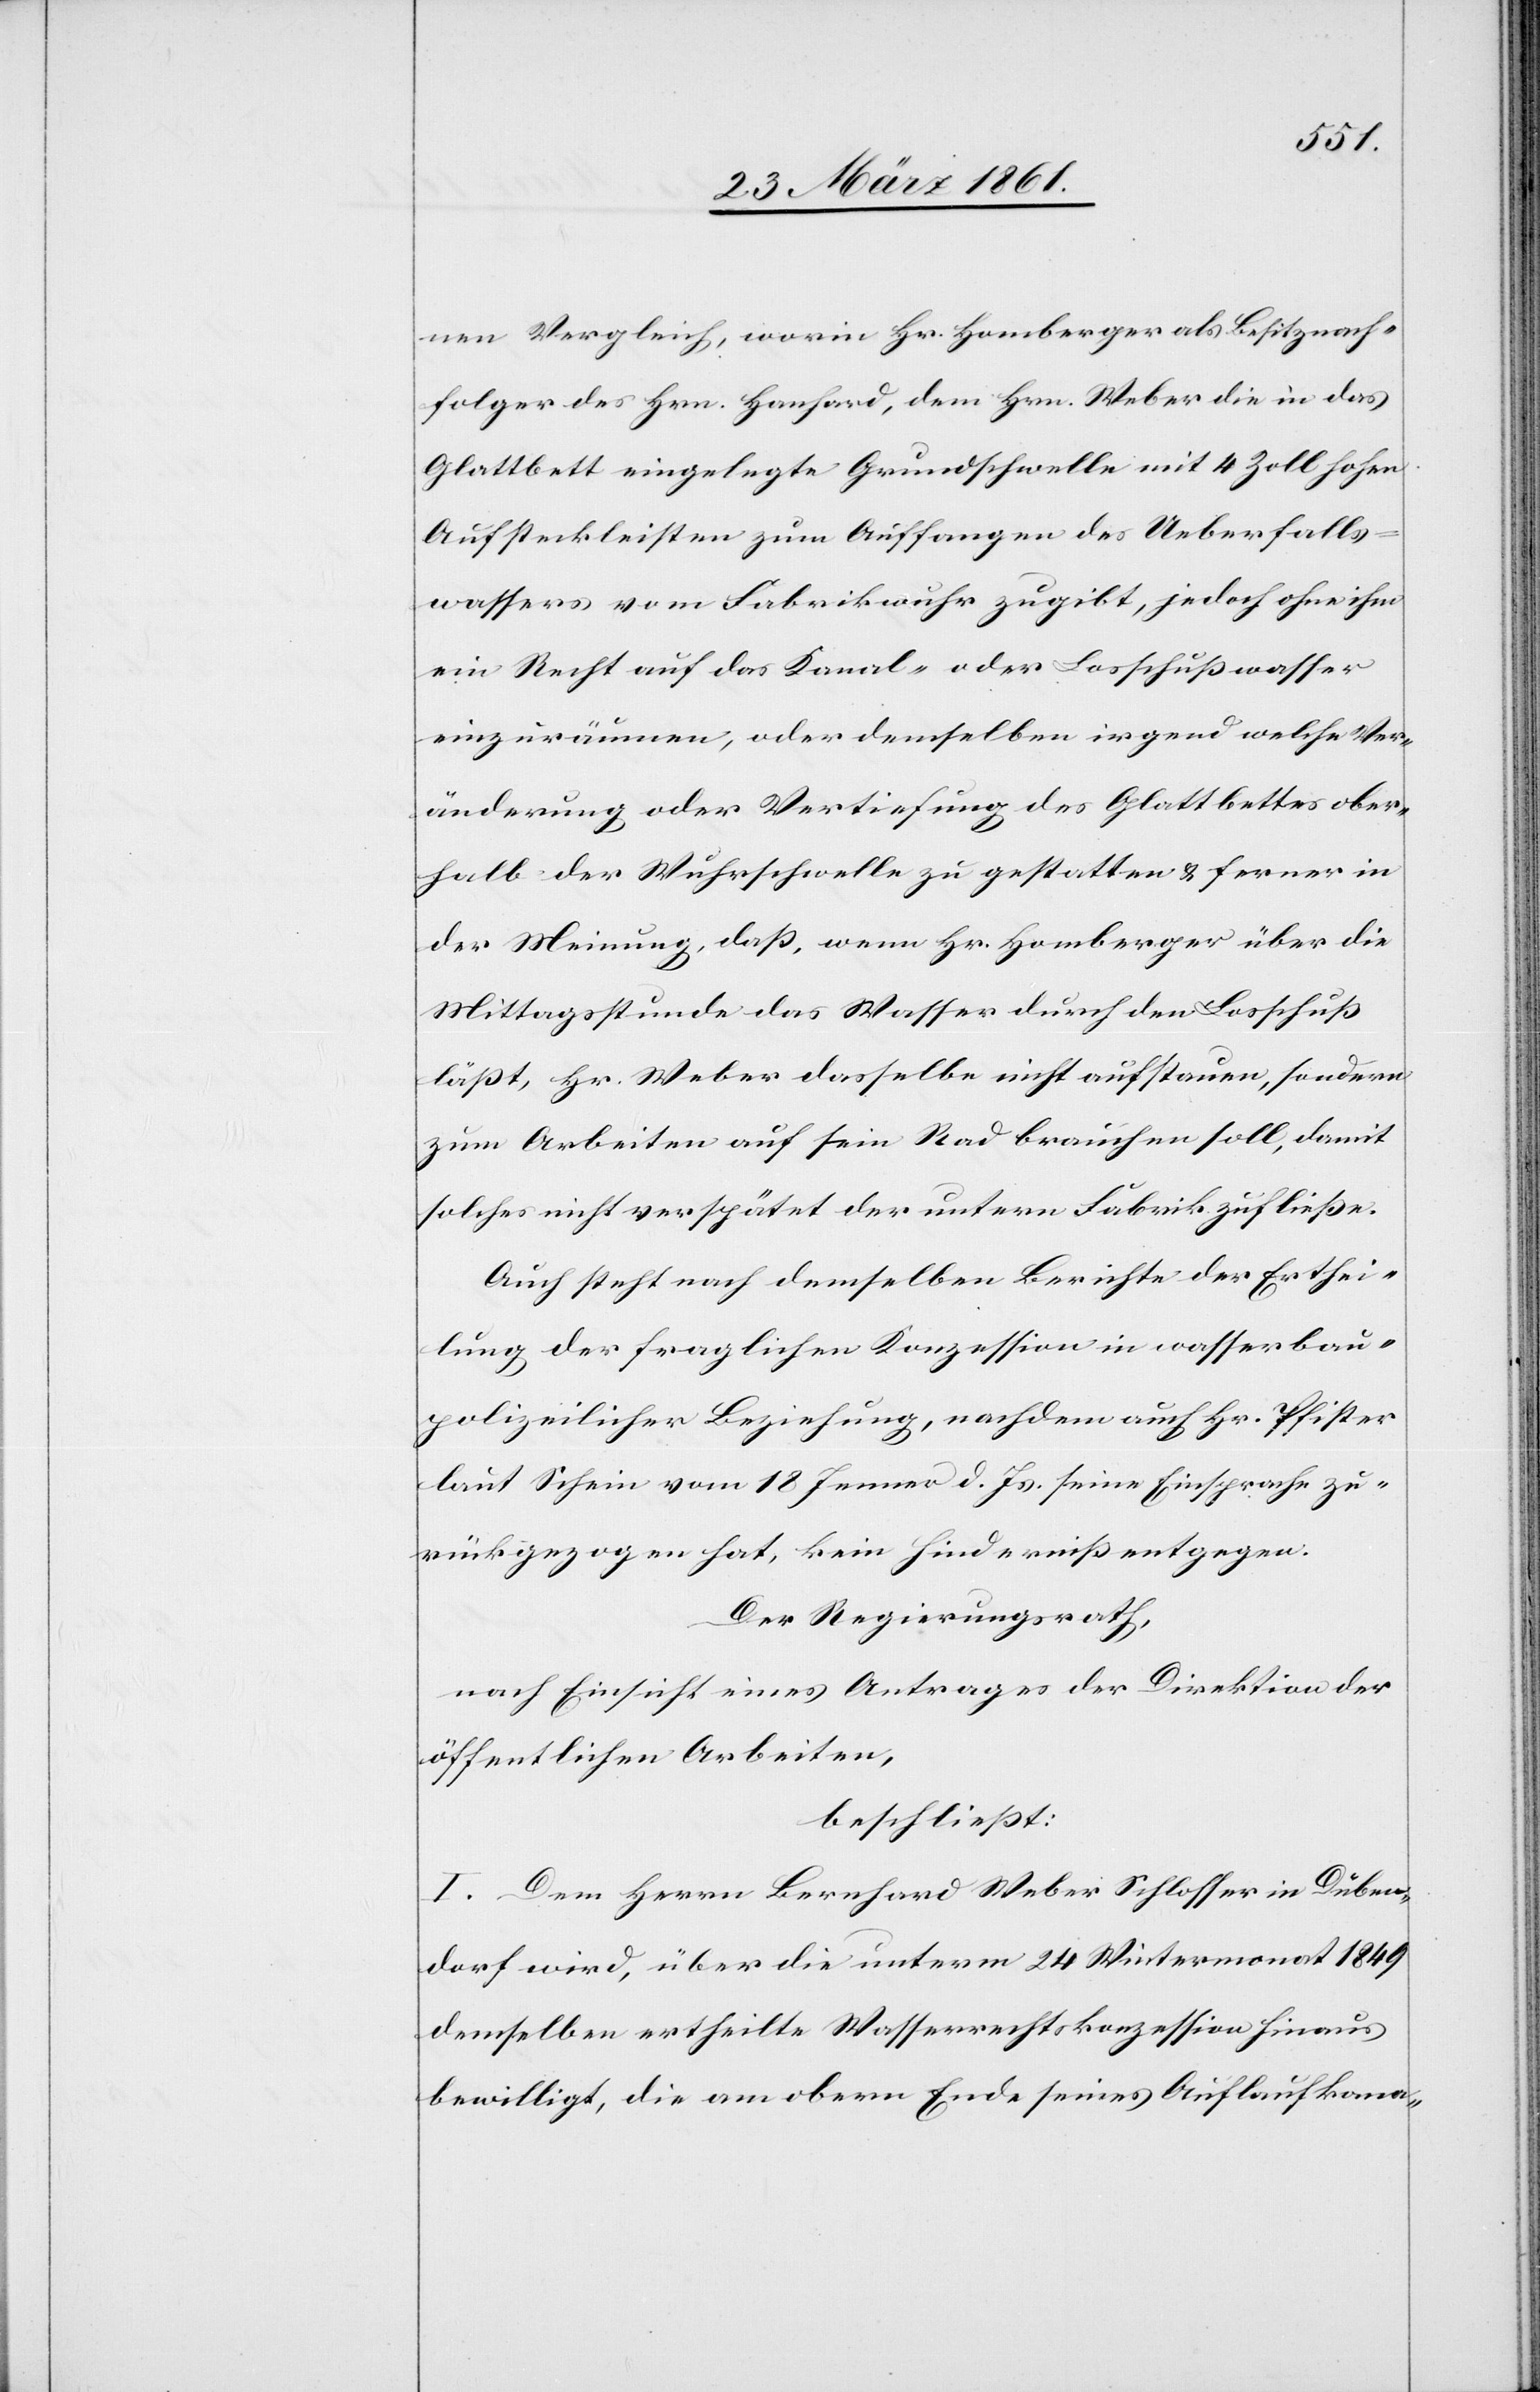
nen Vergleich, worin Hr. Homberger als Besitznach¬
folger des Hrn. Hanhard, dem Hrn. Weber die in das
Glattbett eingelegte Grundschwelle mit 4 Zoll hohen
Aufsteckleisten zum Auffangen des Ueberfalls¬
wassers vom Fabrikwuhr zugibt, jedoch ohne ihm
ein Recht auf das Kanal- oder Losschußwasser
einzuräumen, oder demselben irgend welche Ver¬
änderung oder Vertiefung des Glattbettes ober¬
halb der Wuhrschwelle zu gestatten u. ferner in
der Meinung, daß, wenn Hr. Homberger über die
Mittagsstunde das Wasser durch den Losschuß
läßt, Hr. Weber auf dasselbe nicht aufstauen, sonder
zum Arbeiten auf sein Rad brauchen soll, damit
solches nicht verspätet der untern Fabrik zufließe.
Auch steht nach demselben Berichte der Erthei¬
lung der fraglichen Konzession in wasserbau¬
polizeilicher Beziehung, nachdem auch Hr. Pfister
laut Schein vom 18. Jenner d. Js. seine Einsprache zu¬
rückgezogen hat, kein Hinderniß entgegen.
Der Regierungsrath,
nach Einsicht eines Antrages der Direktion der
öffentlichen Arbeiten,
beschließt:
I. Dem Herrn Bernhard Weber Schlosser in Düben¬
dorf wird, über die unterm 24. Wintermonat 1849
demselben ertheilte Wasserrechtskonzession hinaus
bewilligt, die am obern Ende seines Auflaufkana-